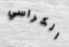
الكراسي